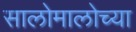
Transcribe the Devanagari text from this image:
सालोमालोच्या